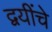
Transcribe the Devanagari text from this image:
द्वयींचे